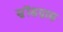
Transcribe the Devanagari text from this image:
स्नॉडग्रास